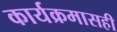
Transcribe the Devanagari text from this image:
कार्यक्रमासही